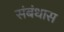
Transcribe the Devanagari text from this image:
संबंधास